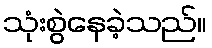
သုံးစွဲနေခဲ့သည်။